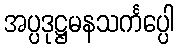
အပ္ပဒုဋ္ဌမနသင်္ကပ္ပေါ